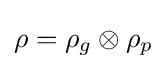
\rho =\rho _{g}\otimes \rho _{p}